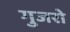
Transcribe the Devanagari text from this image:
गुजरो